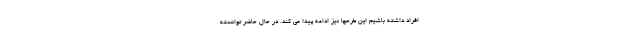
افراد داشته باشیم این طرحها نیز ادامه پیدا می کند. در حال حاضر توانسته